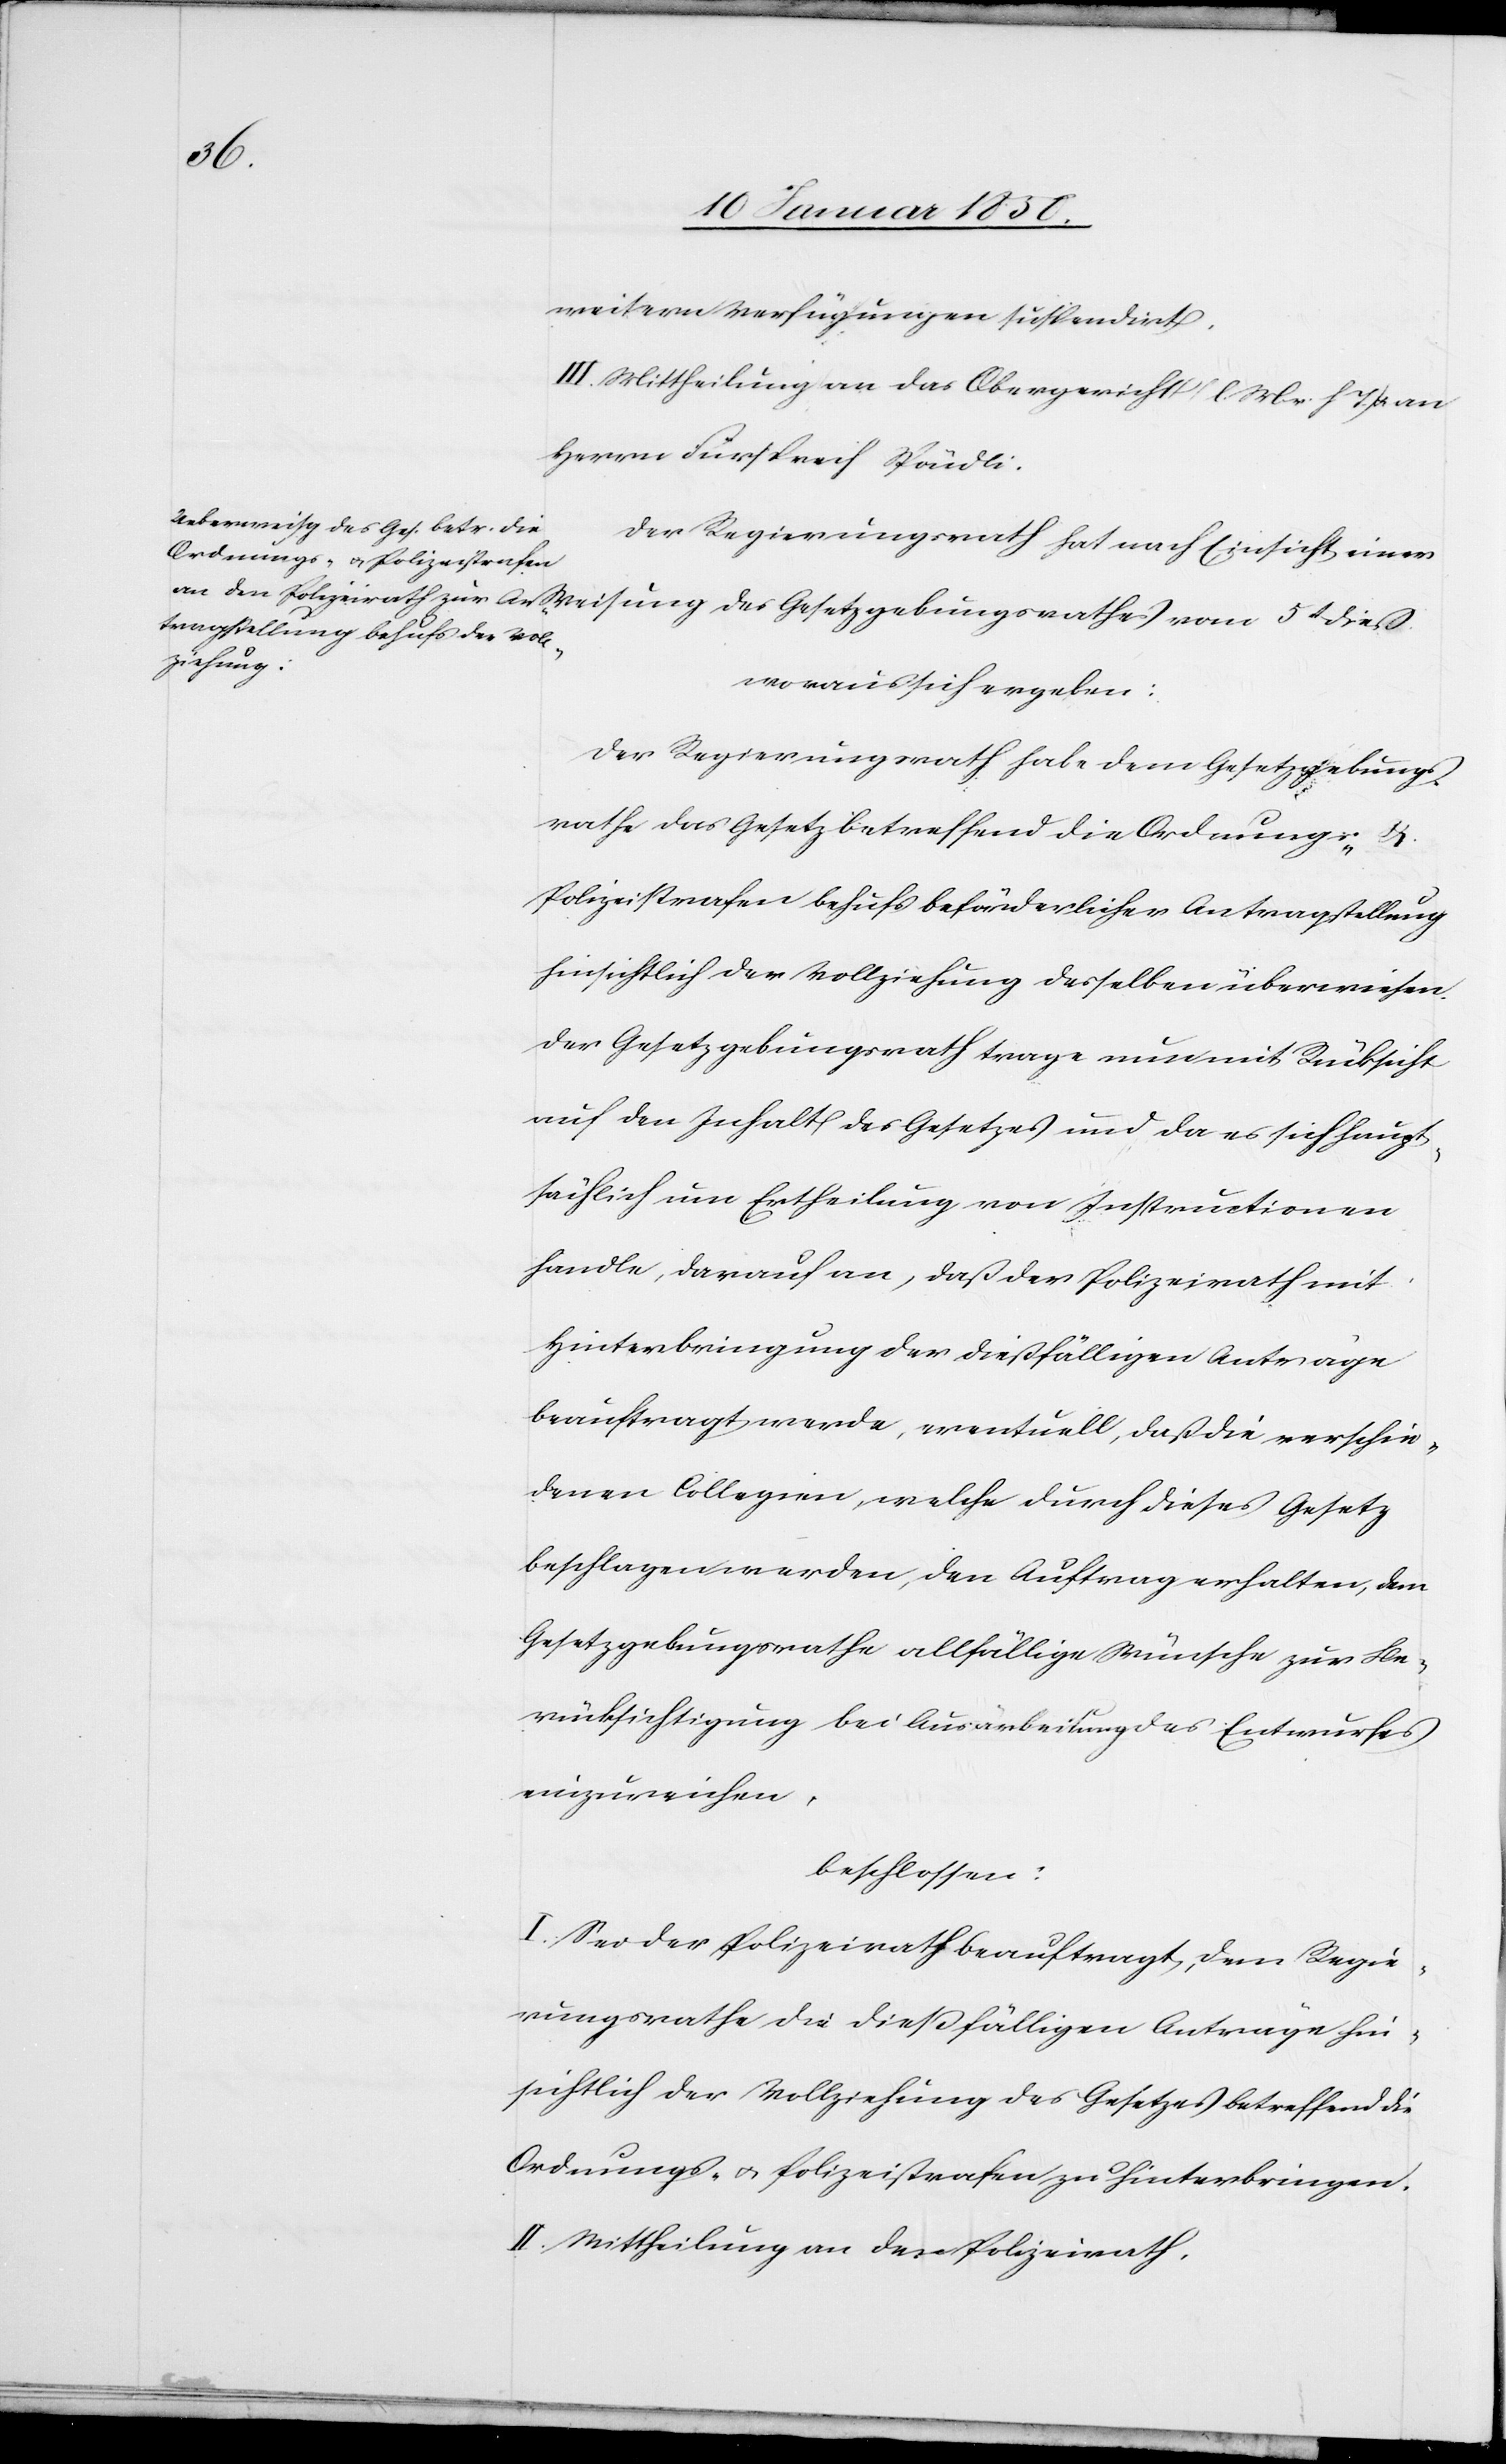
weitern Verfügungen suspendirt.
III. Mittheilung an das Obergericht l. M. v. h. T. u. an
Herrn Fürsprech Spöndli.
Der Regierungsrath hat nach Einsicht einer
woraus sich ergeben:
Der Regierungsrath habe dem Gesetzgebungs¬
rathe das Gesetz betreffend die Ordnungs- &
Polizeistrafen behufs beförderlicher Antragstellung
hinsichtlich der Vollziehung desselben überwiesen.
Der Gesetzgebungsrath trage nun mit Rücksicht
auf den Inhalt des Gesetzes und da es sich haupt¬
sächlich um Ertheilung von Instructionen
handle, darauf an, daß der Polizeirath mit
Hinterbringung der dießfälligen Anträge
beauftragt werde, eventuell, daß die verschie¬
denen Collegien, welche durch dieses Gesetz
beschlagen werden, den Auftrag erhalten, den
Gesetzgebungsrathe allfällige Wünsche zur Be¬
rücksichtigung bei Ausarbeitung des Entwurfes
einzureichen,
beschlossen:
I. Sei der Polizeirath beauftragt, dem Regie¬
rungsrathe die dießfälligen Anträge hin¬
sichtlich der Vollziehung des Gesetzes betreffend die
Ordnungs- u. Polizeistrafen zu hinterbringen.
II. Mittheilung an den Polizeirath.